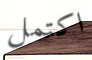
اكتمل